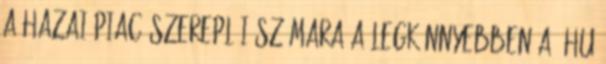
A hazai piac szereplői számara a legkönnyebben a .hu